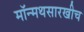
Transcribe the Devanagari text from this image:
मॉन्मथसारखीच